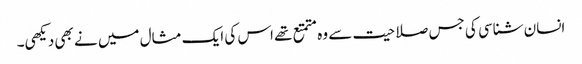
انسان شناسی کی جس صلاحیت سے وہ متمتع تھے اس کی ایک مثال میں نے بھی دیکھی۔